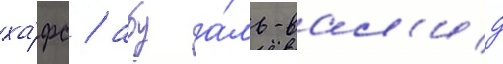
ха́фс / абу а́ль-вал'ид